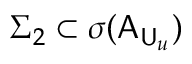
\Sigma _ { 2 } \subset \sigma ( \mathsf { A } _ { \mathsf { U } _ { u } } )